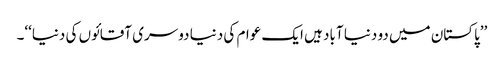
’’پاکستان میں دو دنیا آباد ہیں ایک عوام کی دنیا دوسری آقائوں کی دنیا‘‘۔